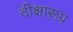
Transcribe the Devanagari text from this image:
दीक्षारूप